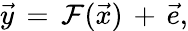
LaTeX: \vec{y}\, =\, \mathcal{F}(\vec{x})\, +\, \vec{e},